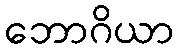
ဘောဂိယာ